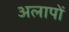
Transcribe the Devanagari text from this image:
अलापों